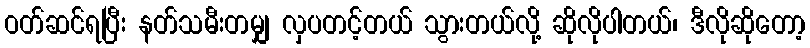
ဝတ်ဆင်ရပြီး နတ်သမီးတမျှ လှပတင့်တယ် သွားတယ်လို့ ဆိုလိုပါတယ်၊ ဒီလိုဆိုတော့